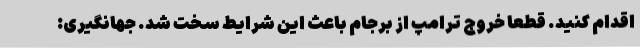
اقدام کنید. قطعا خروج ترامپ از برجام باعث این شرایط سخت شد. جهانگیری: